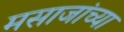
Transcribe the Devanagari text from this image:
मसाजांच्या